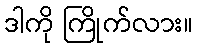
ဒါကို ကြိုက်လား။